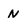
Character: N